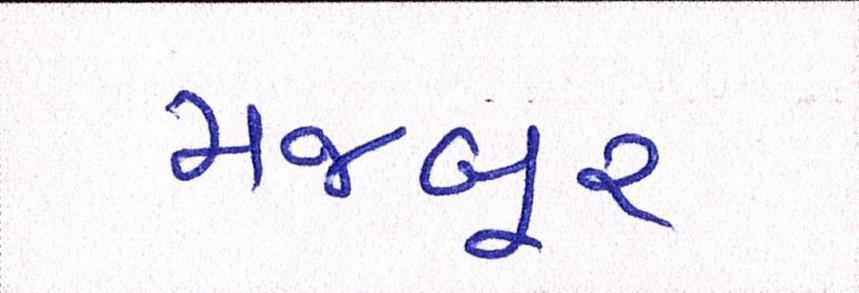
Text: મજબૂર